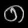
Digit: ၈